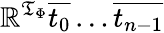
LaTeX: \mathbb{R}^{{\mathfrak{{T}}}_{\Phi}}{\overline{{{t_{0}}}}}\ldots{\overline{{{t_{n-1}}}}}